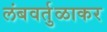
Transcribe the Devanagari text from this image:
लंबवर्तुळाकर